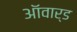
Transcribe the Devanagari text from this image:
ऑवार्ड